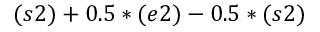
( s 2 ) + 0 . 5 * ( e 2 ) - 0 . 5 * ( s 2 )